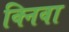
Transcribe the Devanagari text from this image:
क्निवा